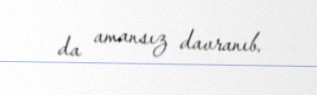
da amansız davranıb.